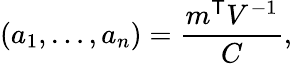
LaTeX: (a_{1},\dots,a_{n})={\frac{m^{\mathsf{T}}V^{-1}}{C}},